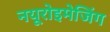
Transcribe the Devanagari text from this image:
नयूरोइमेजिंग